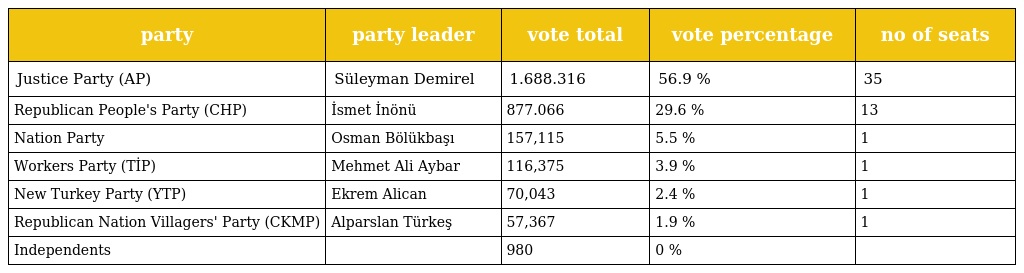
| party | party leader | vote total | vote percentage | no of seats |
 | --- | --- | --- | --- | --- |
 | Justice Party (AP) | Süleyman Demirel | 1.688.316 | 56.9 % | 35 |
 | Republican People's Party (CHP) | İsmet İnönü | 877.066 | 29.6 % | 13 |
 | Nation Party | Osman Bölükbaşı | 157,115 | 5.5 % | 1 |
 | Workers Party (TİP) | Mehmet Ali Aybar | 116,375 | 3.9 % | 1 |
 | New Turkey Party (YTP) | Ekrem Alican | 70,043 | 2.4 % | 1 |
 | Republican Nation Villagers' Party (CKMP) | Alparslan Türkeş | 57,367 | 1.9 % | 1 |
 | Independents |  | 980 | 0 % |  |